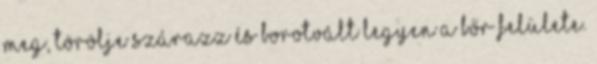
meg, törölje szárazz és borotvált legyen a bőr felülete.